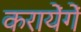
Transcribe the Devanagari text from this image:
करायेंगें